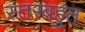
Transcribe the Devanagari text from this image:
स्तरबहुत